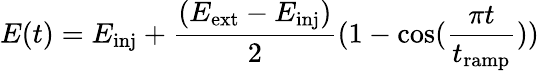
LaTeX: E(t)=E_{\mathrm{inj}}+\frac{(E_{\mathrm{ext}}-E_{\mathrm{inj}})}{2}(1-\cos(\frac{\pi t}{t_{\textrm{ramp}}}))